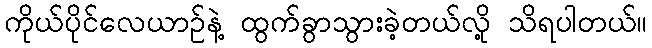
ကိုယ်ပိုင်လေယာဉ်နဲ့ ထွက်ခွာသွားခဲ့တယ်လို့ သိရပါတယ်။